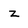
Character: z